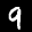
Label: 9